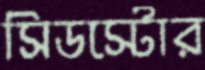
সিডস্টোর